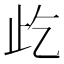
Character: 𱤾